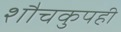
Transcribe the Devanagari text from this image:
शौचकुपही